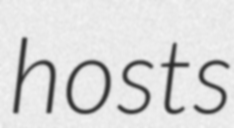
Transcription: hosts